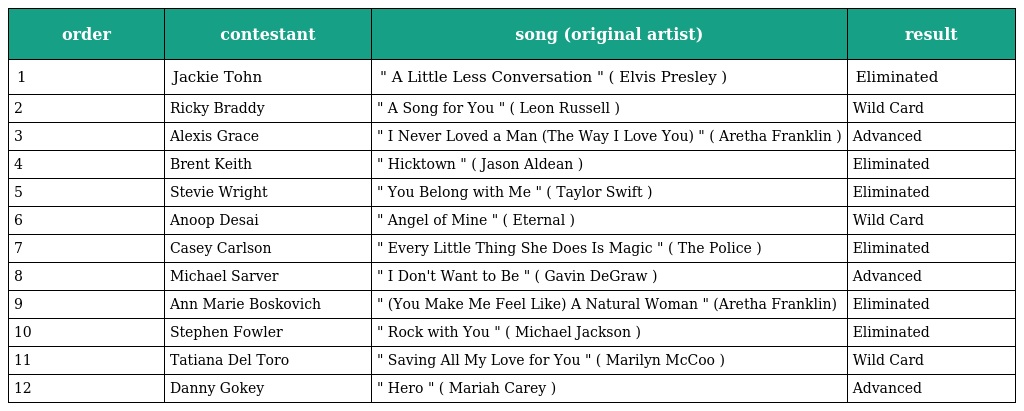
| order | contestant | song (original artist) | result |
 | --- | --- | --- | --- |
 | 1 | Jackie Tohn | " A Little Less Conversation " ( Elvis Presley ) | Eliminated |
 | 2 | Ricky Braddy | " A Song for You " ( Leon Russell ) | Wild Card |
 | 3 | Alexis Grace | " I Never Loved a Man (The Way I Love You) " ( Aretha Franklin ) | Advanced |
 | 4 | Brent Keith | " Hicktown " ( Jason Aldean ) | Eliminated |
 | 5 | Stevie Wright | " You Belong with Me " ( Taylor Swift ) | Eliminated |
 | 6 | Anoop Desai | " Angel of Mine " ( Eternal ) | Wild Card |
 | 7 | Casey Carlson | " Every Little Thing She Does Is Magic " ( The Police ) | Eliminated |
 | 8 | Michael Sarver | " I Don't Want to Be " ( Gavin DeGraw ) | Advanced |
 | 9 | Ann Marie Boskovich | " (You Make Me Feel Like) A Natural Woman " (Aretha Franklin) | Eliminated |
 | 10 | Stephen Fowler | " Rock with You " ( Michael Jackson ) | Eliminated |
 | 11 | Tatiana Del Toro | " Saving All My Love for You " ( Marilyn McCoo ) | Wild Card |
 | 12 | Danny Gokey | " Hero " ( Mariah Carey ) | Advanced |